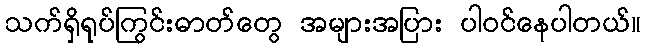
သက်ရှိရုပ်ကြွင်းဓာတ်တွေ အများအပြား ပါဝင်နေပါတယ်။